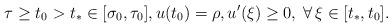
LaTeX: \begin{align*}\tau\geq t_{0} > t_{*}\in \mathopen{[}\sigma_{0},\tau_{0}\mathclose{]}, u(t_{0}) = \rho, u'(\xi) \geq 0, \; \forall \, \xi\in \mathopen{[}t_{*},t_{0}\mathclose{]}.\end{align*}